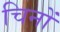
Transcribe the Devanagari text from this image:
चिनों